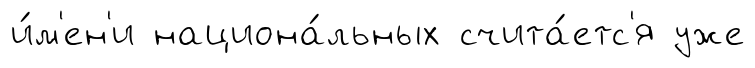
и́м'ен'и национа́льных счита́етс'я уже